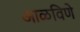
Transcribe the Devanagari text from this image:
आळविणे